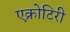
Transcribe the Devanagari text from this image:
एक्रोटिरी